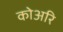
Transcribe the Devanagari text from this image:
कोअरि